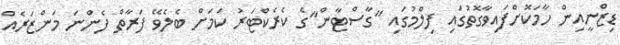
ޑިޒްނީއިން ހާމަކޮށްފައިވާގޮތުގައި ފިލްމުގައި "ގާސްޓާން"ގެ ކެރެކްޓަރު ކަމަށް ބެލެވޭ ފަރާތް ފެންނަ މަންޒަރެއް